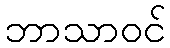
ဘာသာဝင်